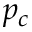
p _ { c }